Medical and sanitary report on the native army of Bombay for the year
Year: 1878
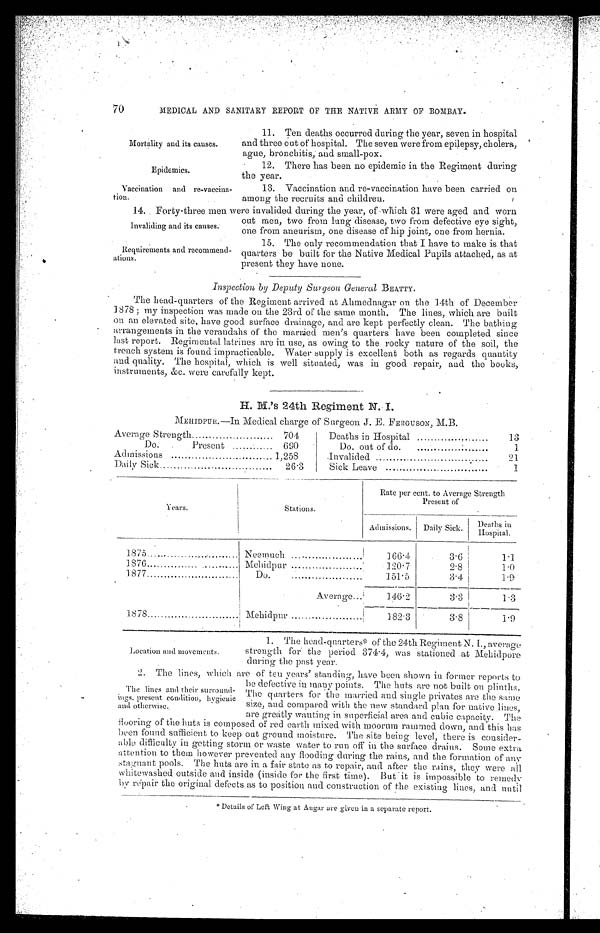
Mortality and its causes.
Epidemics.
Vaccination and re-vaccina-
-tion.
Invaliding and its causes.
Requirements and recommend--
ations.
70
MEDICAL AND SANITARY REPORT OF THE NATIVE ARMY OF BOMBAY.
11. Ten deaths occurred during the year, seven in hospital
and three out of hospital. The seven were from epilepsy, cholera,
ague, bronchitis, and small-pox.
12. There has been no epidemic in the Regiment during
the year.
13. Vaccination and re-vaccination have been carried on
among the recruits and children.
14. Forty-three men were invalided during the year, of which 31 were aged and worn
out men, two from lung disease, two from defective eye sight,
one from aneurism, one disease of hip joint, one from hernia.
15. The only recommendation that I have to make is that
quarters be built for the Native Medical Pupils attached, as at
present they have none.
Inspection by Deputy Surgeon General BEATTY.
The head-quarters of the Regiment arrived at Ahmednagar on the 14th of December
1878; my inspection was made on the 23rd of the same month. The lines, which are built
on an elevated site, have good surface drainage, and are kept perfectly clean. The bathing
arrangements in the verandahs of the married men's quarters have been completed since
last report. Regimental latrines are in use, as owing to the rocky nature of the soil, the
trench system is found impracticable. Water supply is excellent both as regards quantity-
and quality. The hospital, which is well situated, was in good repair, and the books,
instruments, &c. were carefully kept.
H. M.'s 24th Regiment N. I.
MEHIDPUR.—In Medical charge of Surgeon J. E. FERGUSON, M.B.
Average Strength
704
Deaths in Hospital
13
Do.
Present
690
Do. out of do.
1
Admissions
1, 258
Invalided
21
Daily Sick
26.3
Sick Leave
1
Y e a r s .
Stations.
Rate per cent. to Average Strength
Present of
Admissions. Daily Sick.
D e a t h s i n H o s p i t a l .
1875
Neemuch
166.4
3.6
1.1
1876
Mehidpur
120.7
2.8
1.0
1877
Do.
151.5
3 . 4
1.9
Average
146.2
3.3
1.3
1878
Mehidpur
182.3
3.8
1.9
1. The head-quarters* of the 24th Regiment N. I., average
strength for the period 374.4, was stationed at Mehidpore
during the past year.
2. The lines, which are of ten years' standing, have been shown in former reports to
be defective in many points. The huts are not built on plinths.
The quarters for the married and single privates are the same
size, and compared with the new standard plan for native lines,
are greatly wanting in superficial area and cubic capacity. The
flooring of the huts is composed of red earth mixed with moorum rammed down, and this has
been found sufficient to keep out ground moisture. The site being level, there is consider-
able difficulty in getting storm or waste water to run off in the surface drains. Some extra
attention to them however prevented any flooding during the rains, and the formation of any
stagnant pools. The huts are in a fair state as to repair, and after the rains, they were all
whitewashed outside and inside (inside for the first time). But it is impossible to remedy
by repair the original defects as to position and construction of the existing lines, and until
*Details of Left Wing at Augar are given in a separate report.
Location and movements.
The lines and their surround--
ings. present condition, hygienic
and otherwise.